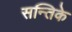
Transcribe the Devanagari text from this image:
सन्तिके